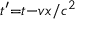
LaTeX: \scriptstyle { t ^ { \prime } = t - { v x } / { c ^ { 2 } } }